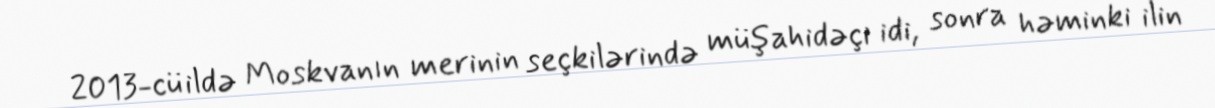
2013-cü ildə Moskvanın merinin seçkilərində müşahidəçi idi, sonra həminki ilin